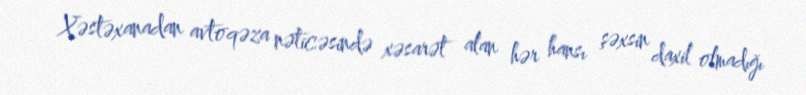
Xəstəxanadan avtoqəza nəticəsində xəsarət alan hər hansı şəxsin daxil olmadığı